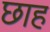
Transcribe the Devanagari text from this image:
छाह